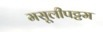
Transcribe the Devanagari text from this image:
मसूलीपट्टम